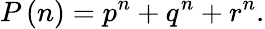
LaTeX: P\left(n\right)={p^{n}}+{q^{n}}+{r^{n}}.